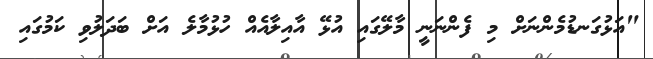
"އަޅުގަނޑުމެންނަށް މި ފެންނަނީ މާލޭގައި އުޅޭ އާއިލާއެއް ހުޅުމާލެ އަށް ބަދަލުވި ކަމުގައި